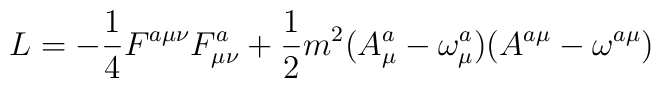
L=-\frac 14F^{a\mu \nu }F_{\mu \nu }^a+\frac 12m^2(A_\mu ^a-\omega _\mu^a)(A^{a\mu }-\omega ^{a\mu })